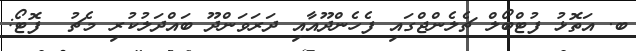
ބ. އަތޮޅު ފުޓްބޯލް ޗެލެންޖްގައި ފެހެންދޫއާއި ދަރަވަންދޫ ބައްދަލުކުރި މެޗު  ފޮޓޯ: